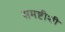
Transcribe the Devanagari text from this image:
समष्टीशी